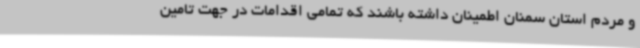
و مردم استان سمنان اطمینان داشته باشند که تمامی اقدامات در جهت تامین